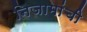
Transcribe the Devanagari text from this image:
निजामांची